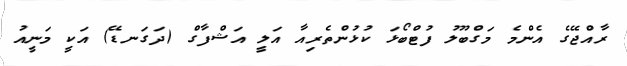
ރާއްޖޭގެ އެންމެ މަގްބޫލު ފުޓްބޯޅަ ކުޅުންތެރިއާ އަލީ އަޝްފާގް (ދަގަނޑޭ) އަކީ މަނީއު